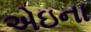
એઇના